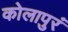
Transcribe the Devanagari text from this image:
कोलापुरं